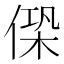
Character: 𠌖